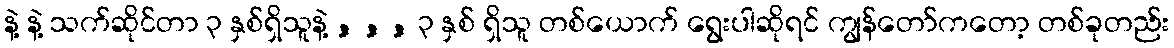
နဲ့ နဲ့ သက်ဆိုင်တာ ၃ နှစ်ရှိသူနဲ့ , , , ၃ နှစ် ရှိသူ တစ်ယောက် ရွေးပါဆိုရင် ကျွန်တော်ကတော့ တစ်ခုတည်း